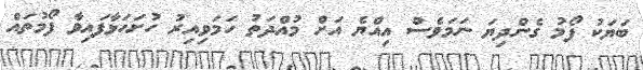
ބަޔަކު ފޯމު ގެންދިޔަ ނަމަވެސް އިއްޔެ އަށް މުއްދަތު ހަމަވިއިރު ހުށަހަޅާފައިވާ ފޯމުތައް